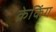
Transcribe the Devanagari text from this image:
क्रेकिंग